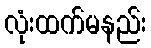
လုံးထက်မနည်း